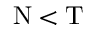
\mathrm { N } < \mathrm { T }